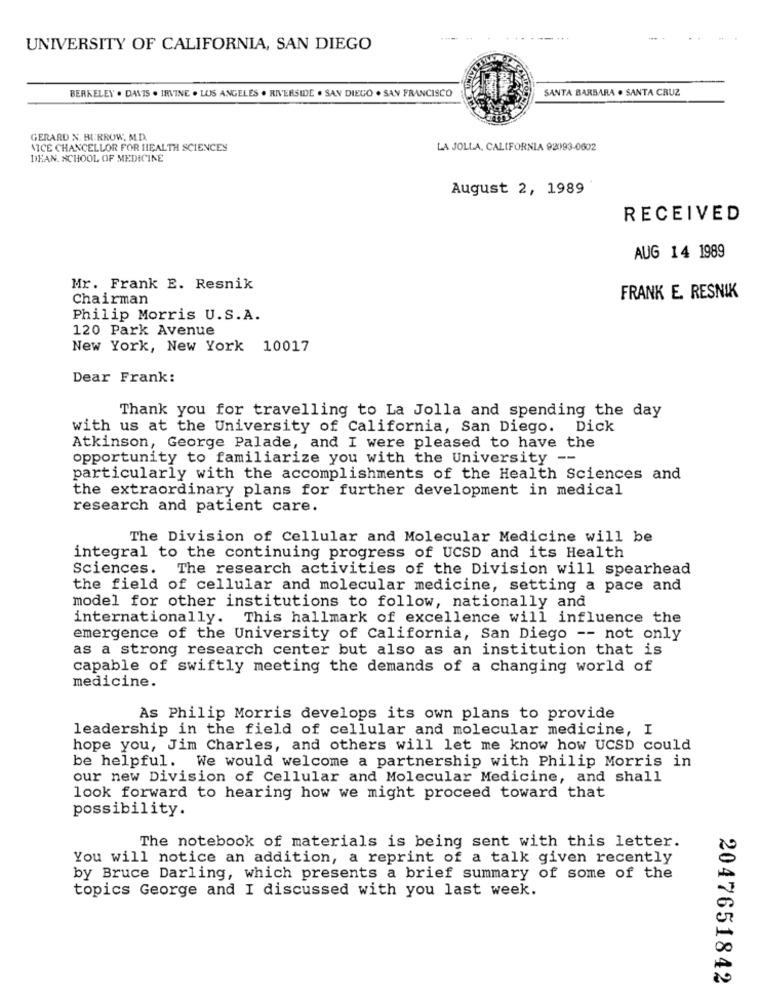
UNIVERSITY OF CALIFORNIA, SAN DIEGO
BERKELEY . DAVIS . IRVINE . LOS ANGELES . RIVERSIDE . SAN DIEGO . SAN FRANCISCO
SANTA BARBARA . SANTA CRUZ
GERARD N. BURROW, M.D.
VICE CHANCELLOR FOR HEALTH SCIENCES
LA JOLLA, CALIFORNIA 92093-0602
DEAN. SCHOOL OF MEDICINE
August 2, 1989
RECEIVED
AUG 14 1989
Mr. Frank E. Resnik
Chairman
FRANK E. RESNIK
Philip Morris U.S.A.
120 Park Avenue
New York, New York 10017
Dear Frank:
Thank you for travelling to La Jolla and spending the day
with us at the University of California, San Diego. Dick
Atkinson, George Palade, and I were pleased to have the
opportunity to familiarize you with the University --
particularly with the accomplishments of the Health Sciences and
the extraordinary plans for further development in medical
research and patient care.
The Division of Cellular and Molecular Medicine will be
integral to the continuing progress of UCSD and its Health
Sciences. The research activities of the Division will spearhead
the field of cellular and molecular medicine, setting a pace and
model for other institutions to follow, nationally and
internationally. This hallmark of excellence will influence the
emergence of the University of California, San Diego -- not only
as a strong research center but also as an institution that is
capable of swiftly meeting the demands of a changing world of
medicine.
As Philip Morris develops its own plans to provide
leadership in the field of cellular and molecular medicine, I
hope you, Jim Charles, and others will let me know how UCSD could
be helpful. We would welcome a partnership with Philip Morris in
our new Division of Cellular and Molecular Medicine, and shall
look forward to hearing how we might proceed toward that
possibility.
The notebook of materials is being sent with this letter.
You will notice an addition, a reprint of a talk given recently
by Bruce Darling, which presents a brief summary of some of the
topics George and I discussed with you last week.
2047651842